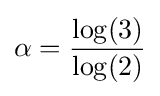
\alpha ={\frac {\log(3)}{\log(2)}}